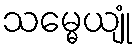
သမ္မေယျုံ